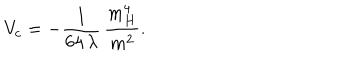
V _ { c } = - \frac { 1 } { 6 4 \, \lambda } \, \frac { m _ { H } ^ { 4 } } { m ^ { 2 } } .